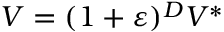
V = ( 1 + \varepsilon ) ^ { D } V ^ { \ast }